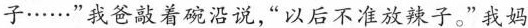
子……”我爸敲着碗沿说,以后不准放辣子。”我妈